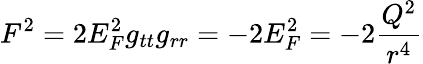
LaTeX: F^{2}=2E_{F}^{2}g_{tt}g_{rr}=-2E_{F}^{2}=-2{\frac{Q^{2}}{r^{4}}}